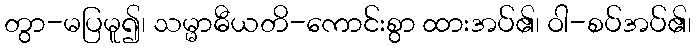
တွာ-မပြမူ၍၊ သမ္မာဓီယတိ-ကောင်းစွာ ထားအပ်၏၊ ဝါ-စပ်အပ်၏၊